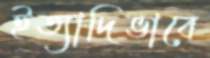
ইত্যাদিভাবে